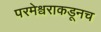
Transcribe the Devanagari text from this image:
परमेश्वराकडूनच